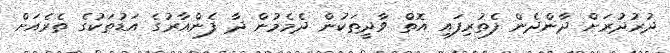
ދުރުދުރަށް ދާންދެން ފެތުރިފައި އޮތް ވާދީތަކުން ދެމެމުން ދާ ފެންއާރުގެ އަޑުތަކުގެ ތެރެއަށް